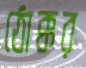
ঠোক্কর